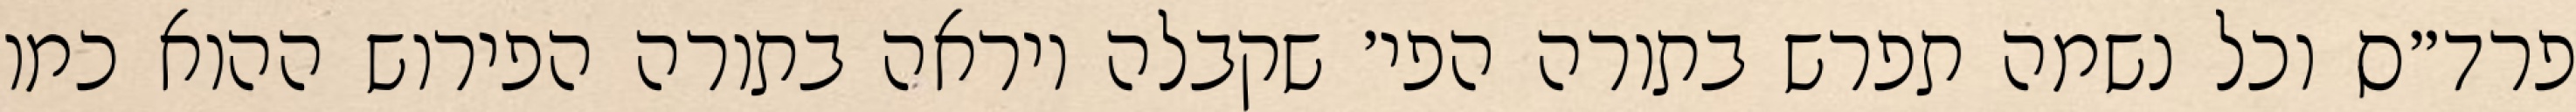
פרד״ס וכל נשמה תפרש בתורה הפי׳ שקבלה ויראה בתורה הפירוש ההוא כמו